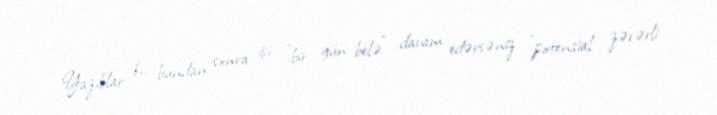
Yazıblar ki, bundan sonra işi "bir gün belə" davam edərsəniz "potensial zərərli